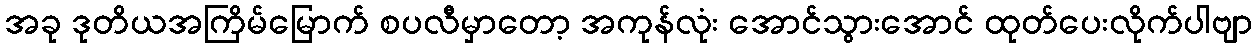
အခု ဒုတိယအကြိမ်မြောက် စပလီမှာတော့ အကုန်လုံး အောင်သွားအောင် ထုတ်ပေးလိုက်ပါဗျာ